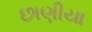
છાણીયા